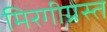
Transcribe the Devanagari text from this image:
मिरगीग्रस्त